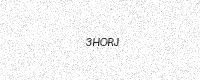
Text: 3HORJ